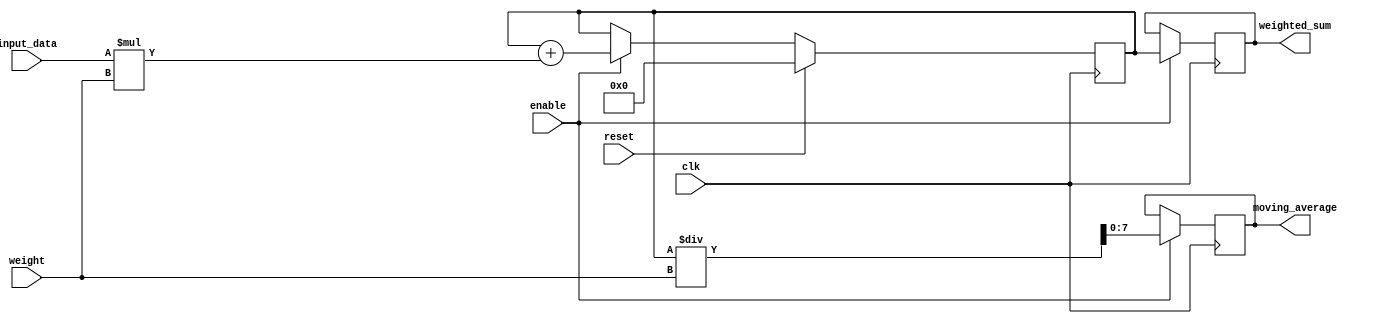
module weighted_moving_average_accumulator (
    input wire clk,
    input wire reset,
    input wire enable,
    input wire [7:0] input_data,
    input wire [7:0] weight,
    output reg [15:0] weighted_sum,
    output reg [7:0] moving_average
);

reg [15:0] temp_sum;

 always @ (posedge clk) begin
    if (reset) begin
        temp_sum <= 16'b0;
    end
    else if (enable) begin
        temp_sum <= temp_sum + (input_data * weight);
    end
end

always @ (posedge clk) begin
    if (enable) begin
        weighted_sum <= temp_sum;
        moving_average <= temp_sum / weight;
    end
end

endmodule